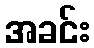
အခင်း